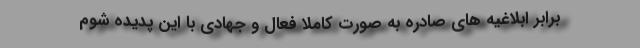
برابر ابلاغیه های صادره به صورت کاملا فعال و جهادی با این پدیده شوم